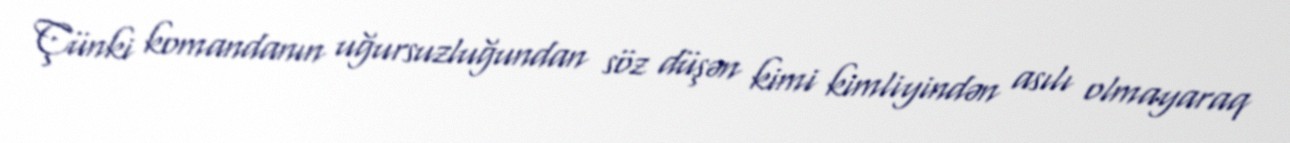
Çünki komandanın uğursuzluğundan söz düşən kimi kimliyindən asılı olmayaraq